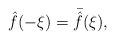
LaTeX: \begin{align*} \hat f(-\xi) = \bar{\hat{f}}(\xi), \end{align*}